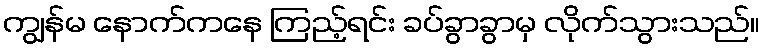
ကျွန်မ နောက်ကနေ ကြည့်ရင်း ခပ်ခွာခွာမှ လိုက်သွားသည်။